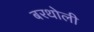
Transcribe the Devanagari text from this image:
बरथोली